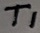
Text: T1